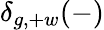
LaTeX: \delta_{g,+w}(-)